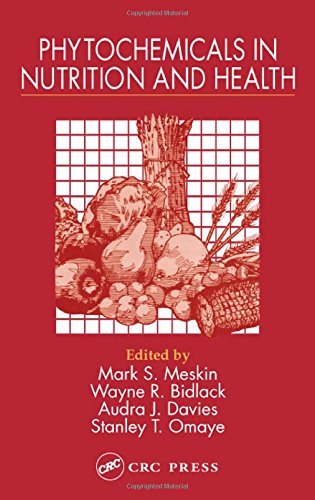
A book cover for Phytochemicals in Nutrition and Health; Health, Fitness & Dieting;